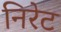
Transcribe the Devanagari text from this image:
निरेट